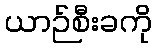
ယာဉ်စီးခကို